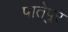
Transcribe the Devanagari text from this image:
पातेपुर